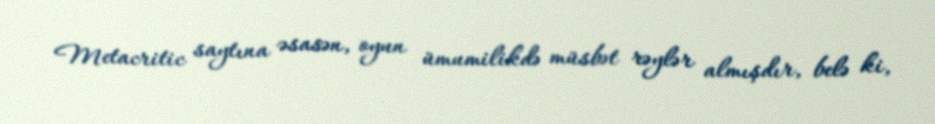
Metacritic saytına əsasən, oyun ümumilikdə müsbət rəylər almışdır, belə ki,